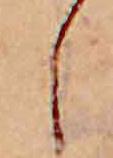
し